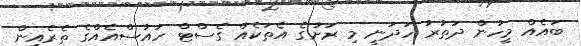
ބައެއް މީހުން ދަތުރު ހަދަނީ މި ރަށުގެ އެތަކެއް ގެސްޓް ހައުސްއެއްގެ ތެރެއިން